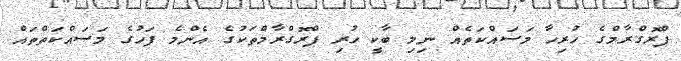
ޕްރޮގްރާމްގެ ހުރިހާ މަސައްކަތެއް ނިމި ބާކީ ހުރި ޕްރޮގްރާމްތަކުގެ އެންމެ ފަހުގެ މަސައްކަތްތައް